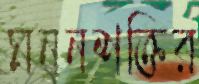
মননশক্তির